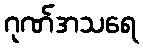
ဂုဏ်အသရေ